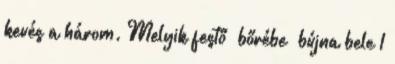
kevés a három. Melyik festő „bőrébe” bújna bele 1